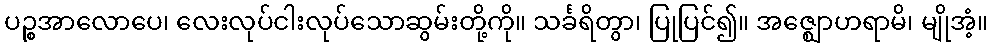
ပဉ္စအာလောပေ၊ လေးလုပ်ငါးလုပ်သောဆွမ်းတို့ကို။ သင်္ခရိတွာ၊ ပြုပြင်၍။ အဇ္ဈောဟရာမိ၊ မျိုအံ့။